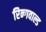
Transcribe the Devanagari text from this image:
रिन्गवाल्ड